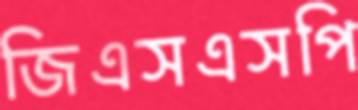
জিএসএসপি